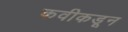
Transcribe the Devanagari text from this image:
कवीकडून